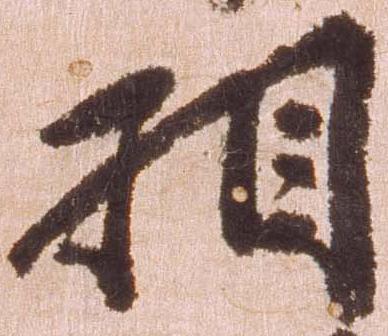
相